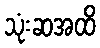
သုံးဆအထိ